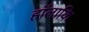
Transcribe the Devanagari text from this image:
हॉलाकि